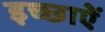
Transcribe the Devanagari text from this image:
इच्छाऐं